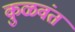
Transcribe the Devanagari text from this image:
कुळवंत